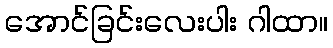
အောင်ခြင်းလေးပါး ဂါထာ။